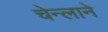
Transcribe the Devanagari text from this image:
चेन्लाने